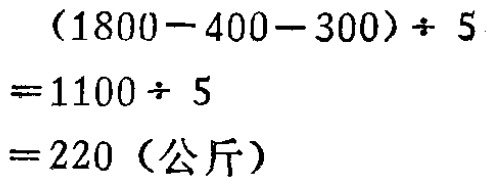
\[(1800 - 400 - 300) \div 5 = 1100 \div 5 = 220 (\text{公斤})\]